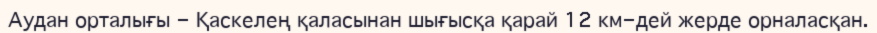
Аудан орталығы - Қаскелең қаласынан шығысқа қарай 12 км-дей жерде орналасқан.